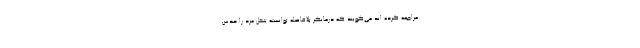
مراجعه کرده اند می‌گویند که درمانگر بلافاصله توانسته شغل مرد را حدس